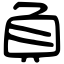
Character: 負